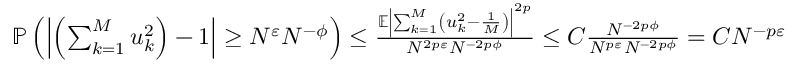
\begin{array} { r } { \mathbb { P } \left( \left| \left( \sum _ { k = 1 } ^ { M } u _ { k } ^ { 2 } \right) - 1 \right| \geq N ^ { \varepsilon } N ^ { - \phi } \right) \leq \frac { \mathbb { E } \left| \sum _ { k = 1 } ^ { M } \left( u _ { k } ^ { 2 } - \frac 1 { M } \right) \right| ^ { 2 p } } { N ^ { 2 p \varepsilon } N ^ { - 2 p \phi } } \leq C \frac { N ^ { - 2 p \phi } } { N ^ { p \varepsilon } N ^ { - 2 p \phi } } = C N ^ { - p \varepsilon } } \end{array}